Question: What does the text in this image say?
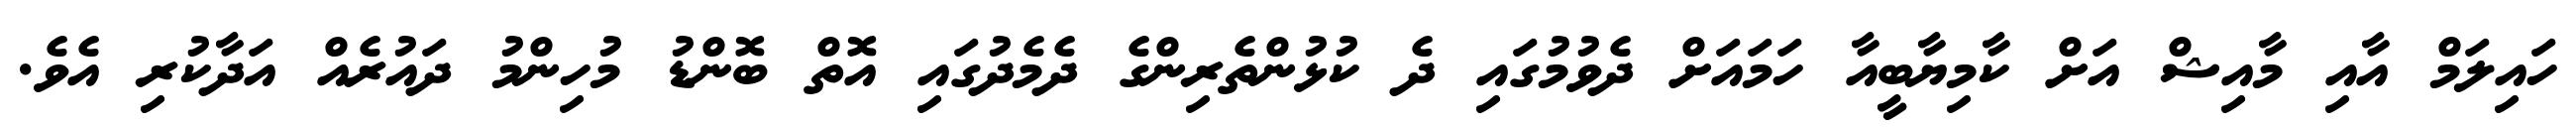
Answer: ހައިލަމް އާއި މާއިޝް އަށް ކާމިޔާބީއާ ހަމައަށް ދެވުމުގައި ދެ ކުޅުންތެރިންގެ ދެމެދުގައި އޮތް ބޮންޑު މުހިންމު ދައުރެއް އަދާކުރި އެވެ.